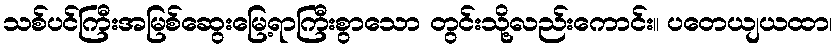
သစ်ပင်ကြီးအမြစ်ဆွေးမြေ့ရာကြီးစွာသော တွင်းသို့လည်းကောင်း။ ပတေယျယထာ၊